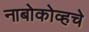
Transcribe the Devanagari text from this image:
नाबोकोव्हचे